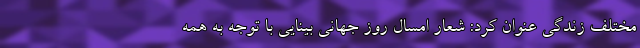
مختلف زندگی عنوان کرد: شعار امسال روز جهانی بینایی با توجه به همه